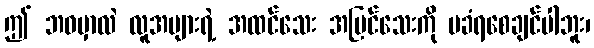
ဤ ဘဝမှာလဲ လူအများရဲ့ အထင်သေး အမြင်သေးကို မခံရစေချင်ပါဘူး၊